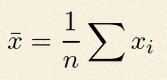
\bar{x}=\frac1n\sum x_i